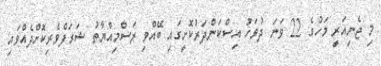
މި ޖެނިއަރީ މަހުގެ 22 ވަނަ ދުވަހު އިސްކަންދަރުކޮށީގައި ބޭއްވި ރަސްމިއްޔާތު ޝަރަފްވެރިކޮށްދެއްވައި